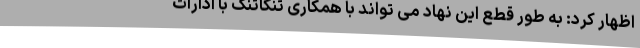
اظهار کرد: به طور قطع این نهاد می تواند با همکاری تنگاتنگ با ادارات